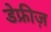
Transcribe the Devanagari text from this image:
डेफ्रीज़